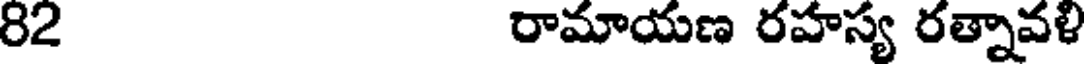
82 రామాయణ రహస్య రత్నావళి